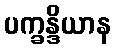
ပက္ခန္ဒိယာန